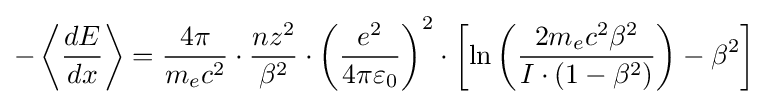
-\left\langle {\frac {dE}{dx}}\right\rangle ={\frac {4\pi }{m_{e}c^{2}}}\cdot {\frac {nz^{2}}{\beta ^{2}}}\cdot \left({\frac {e^{2}}{4\pi \varepsilon _{0}}}\right)^{2}\cdot \left[\ln \left({\frac {2m_{e}c^{2}\beta ^{2}}{I\cdot (1-\beta ^{2})}}\right)-\beta ^{2}\right]